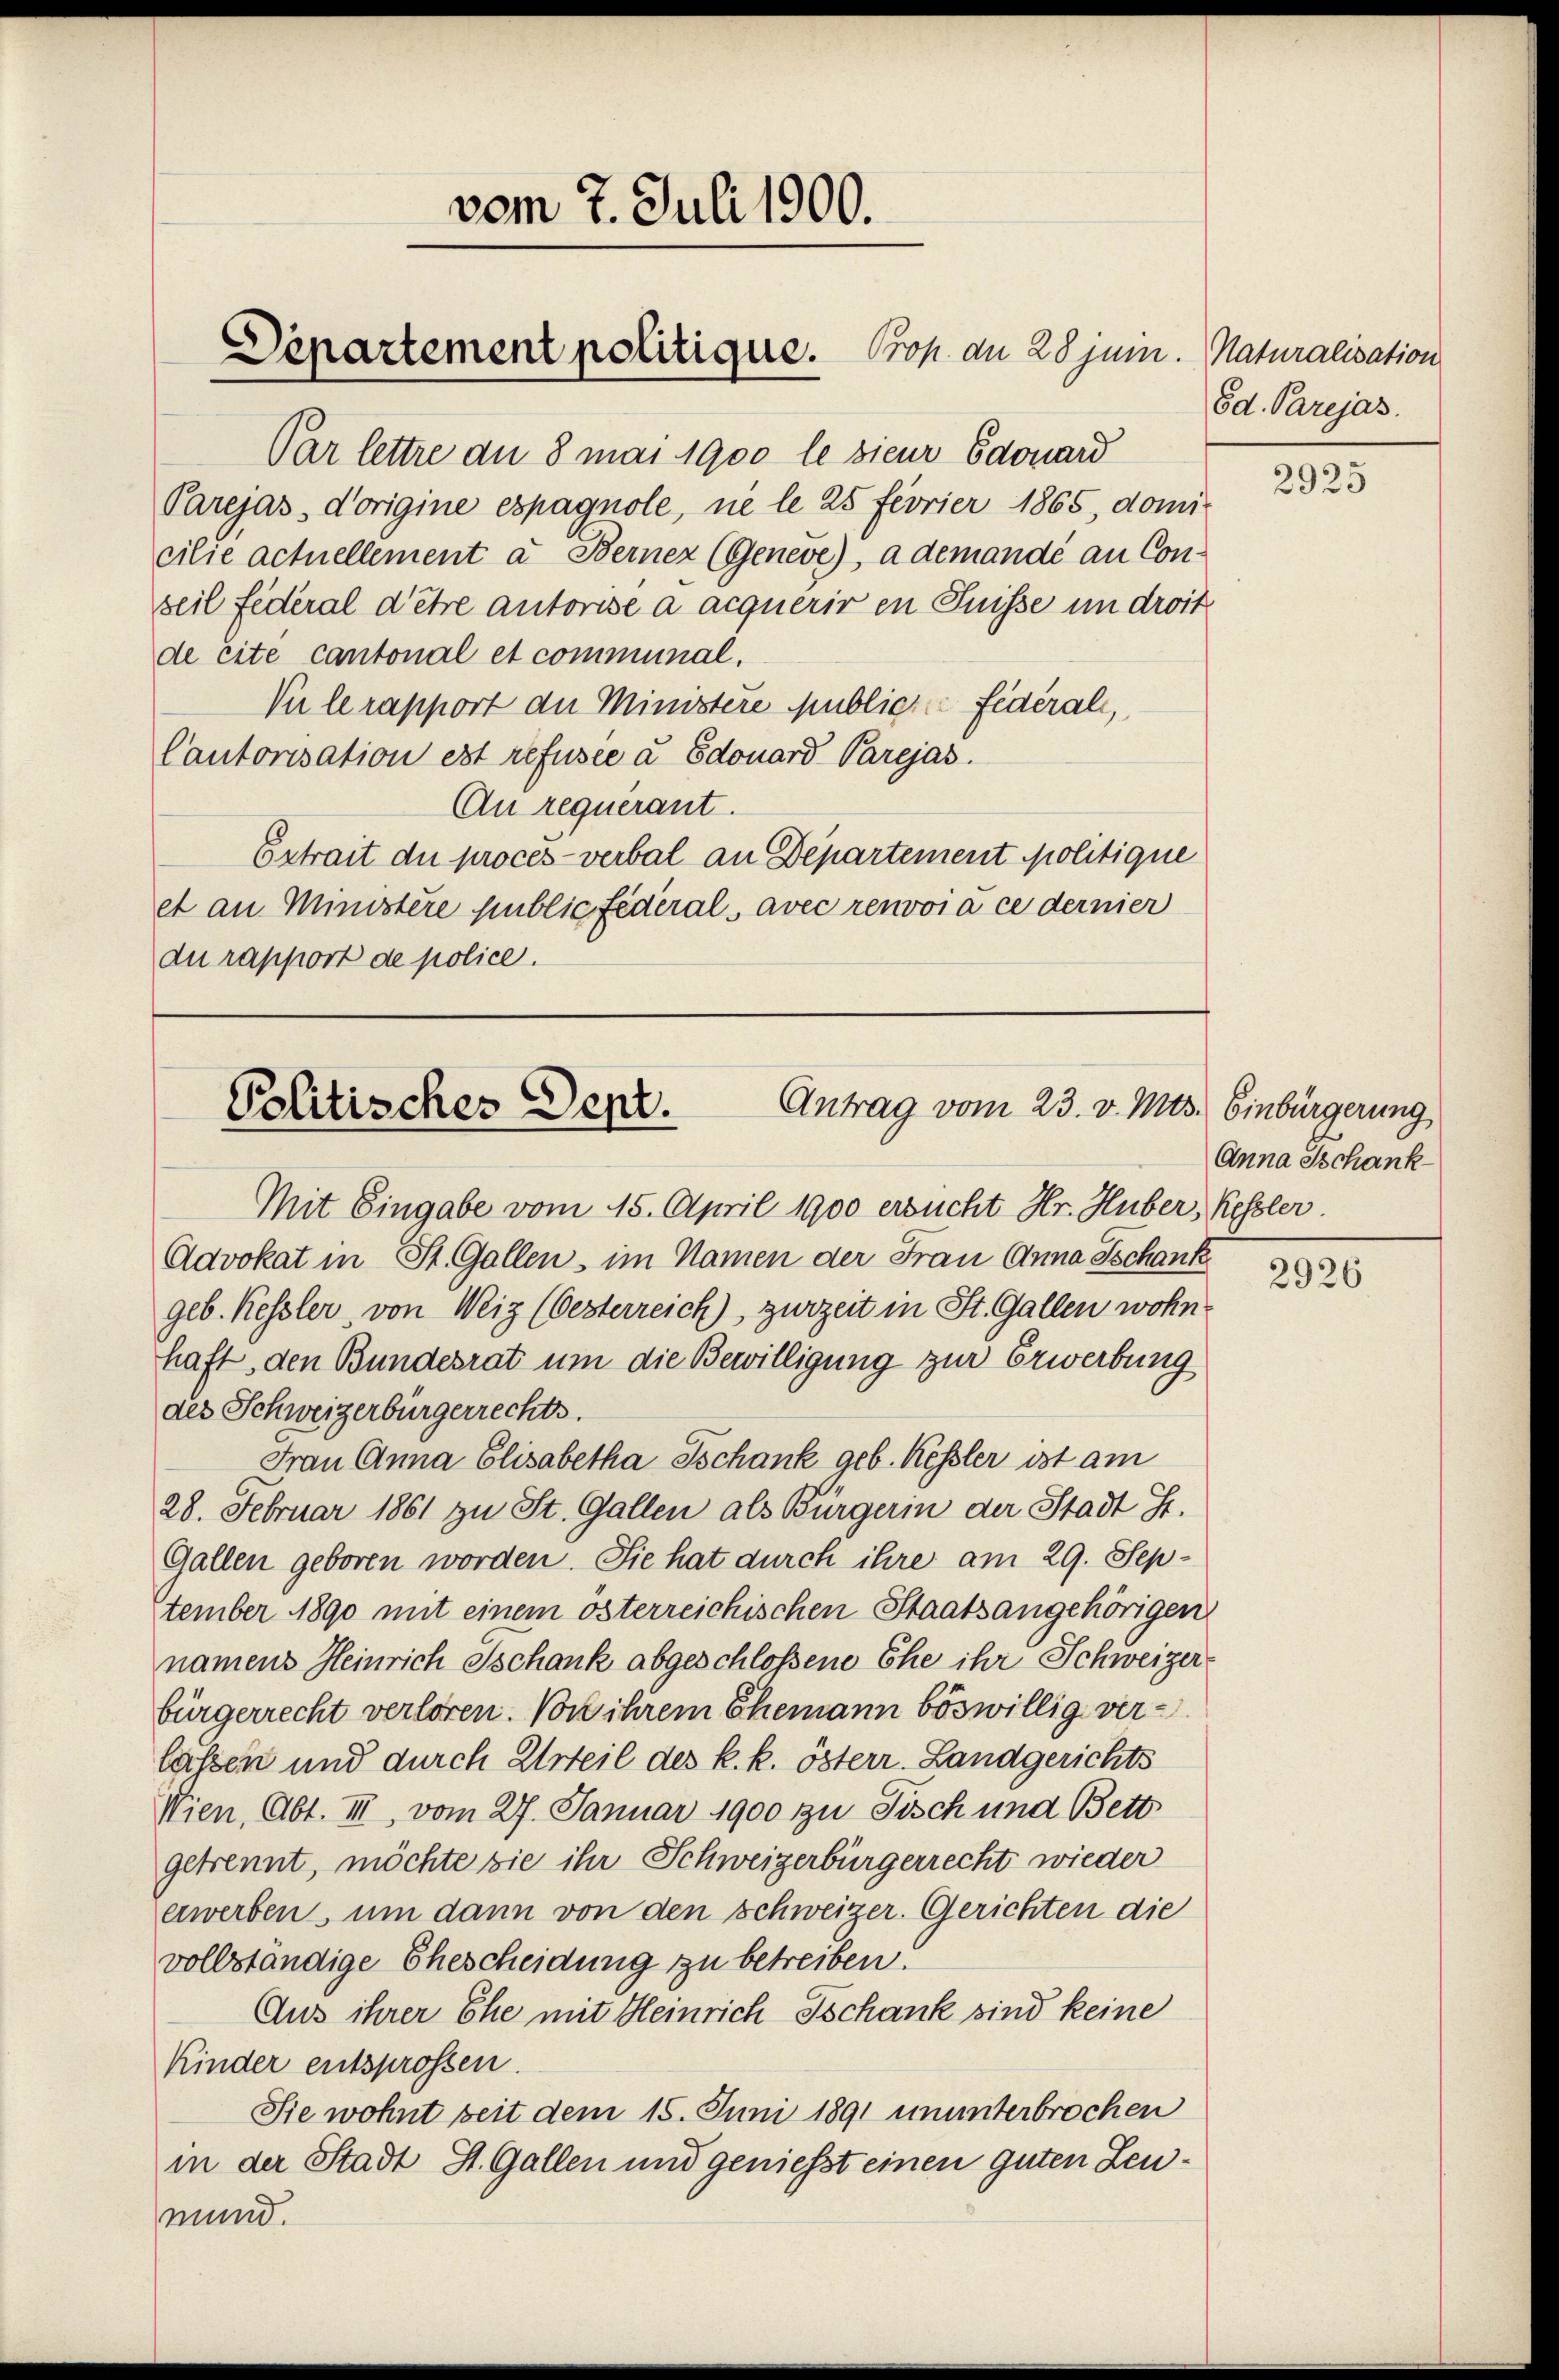
Par lettre an 8 mai 1900 le sieur Edouard
Parejas, d’origine espagnole, ne le 25 féorier 1865, domi-
cilie actuellement a Bernez (Geneve), a demandé au Conseil fédéral d’être autorise a acquérir en Puisse in droit
de Eite cantonal et communal.
Vie le rapport die Ministere publiche Federali,
Cautorisation est refusee u Edouard Parejas.
An requerant.
Ertrait die procès-verbal an Departement politique
et an Ministère public fédéral, avec renvoi à ce dernier
du rapport de police.

vom 7. Juli 1900.

Departement politique. Prof. an 28 juni. Naturalisation

Antrag vom 23. v. Mts. Einbürgerung
Politischer Sept.

8d. Parejas.

Anna Tschank

Mit Eingabe vom 15. April 1900 ersucht Hr. Huber, Kessler
Advokat in St. Gallen, im Namen der Frau Anna Schank
geb. Kessler, von Weiz (Oesterreich), zurzeit in St. Gallen wohn
haft, den Bundesrat um die Bewilligung zur Erwerbung
des Schweizerbürgerrechts.
Frau Anna Elisabetha Tschank geb. Kessler ist am
28. Februar 1861 zu St. Gallen als Bürgerin der Stadt St.
Gallen geboren worden. Sie hat durch ihre am 29. September 1890 mit einem österreichischen Staatsangehörigen
namens Heinrich Ischank abgeschlossene Ehe ihr Schweizer-
bürgerrecht verloren. Von ihrem Ehemann böswillig ver-
lassen und durch Urteil des k. k. österr. Landgerichts
Wien, Abt. III, vom 27. Januar 1900 zu Tisch und Bett
getrennt, möchte sie ihr Schweizerbürgerrecht wieder
erwerben, um dann von den Schweizer. Gerichten die
vollständige Ehescheidung zu betreiben.
Aus ihrer Ehe mit Heinrich Tschank sind keine
Kinder entsprossen.
Sie wohnt seit dem 15. Juni 1891 ununterbrochen
in der Stadt St. Gallen und geniesst einen guten Zeumund.

2925

2926